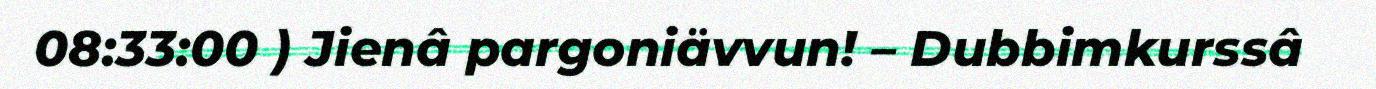
08:33:00 ) Jienâ pargoniävvun! – Dubbimkurssâ